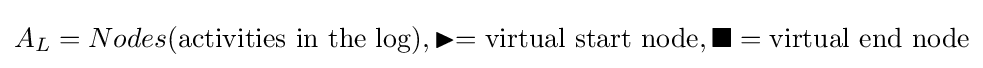
A_{L}=Nodes{\text{(activities in the log)}},\blacktriangleright ={\text{virtual start node}},\blacksquare ={\text{virtual end node}}